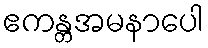
ဧကန္တအမနာပေါ